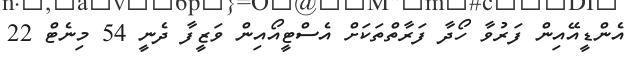
އެންޑީއޭއިން ފަރުވާ ހޯދާ ފަރާތްތަކަށް އެސްޓީއޯއިން ވަޒީފާ ދެނީ 54 މިނެޓް 22